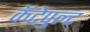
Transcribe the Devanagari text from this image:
कॅटेपुल्ट